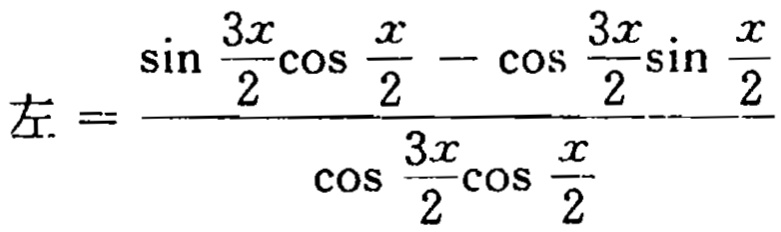
左=\(\frac{\sin \frac{3x}{2}\cos \frac{x}{2} - \cos \frac{3x}{2}\sin \frac{x}{2}}{\cos \frac{3x}{2}\cos \frac{x}{2}}\)